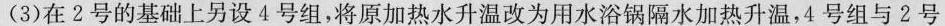
(3)在2号的基础上另设4号组，将原加热水升温改为用水浴浴锅隔水加热升温，4号组与2号